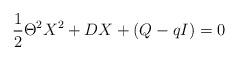
LaTeX: \begin{align*} \frac{1}{2} \Theta^{2} X^2 + D X + (Q-q I) =0\end{align*}